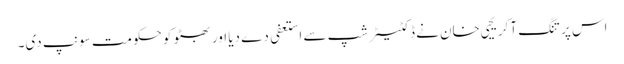
اس پر تنگ آ کر یحیی خان نے ڈکٹیٹر شپ سے استعفی دے دیا اور بھٹو کو حکومت سونپ دی۔